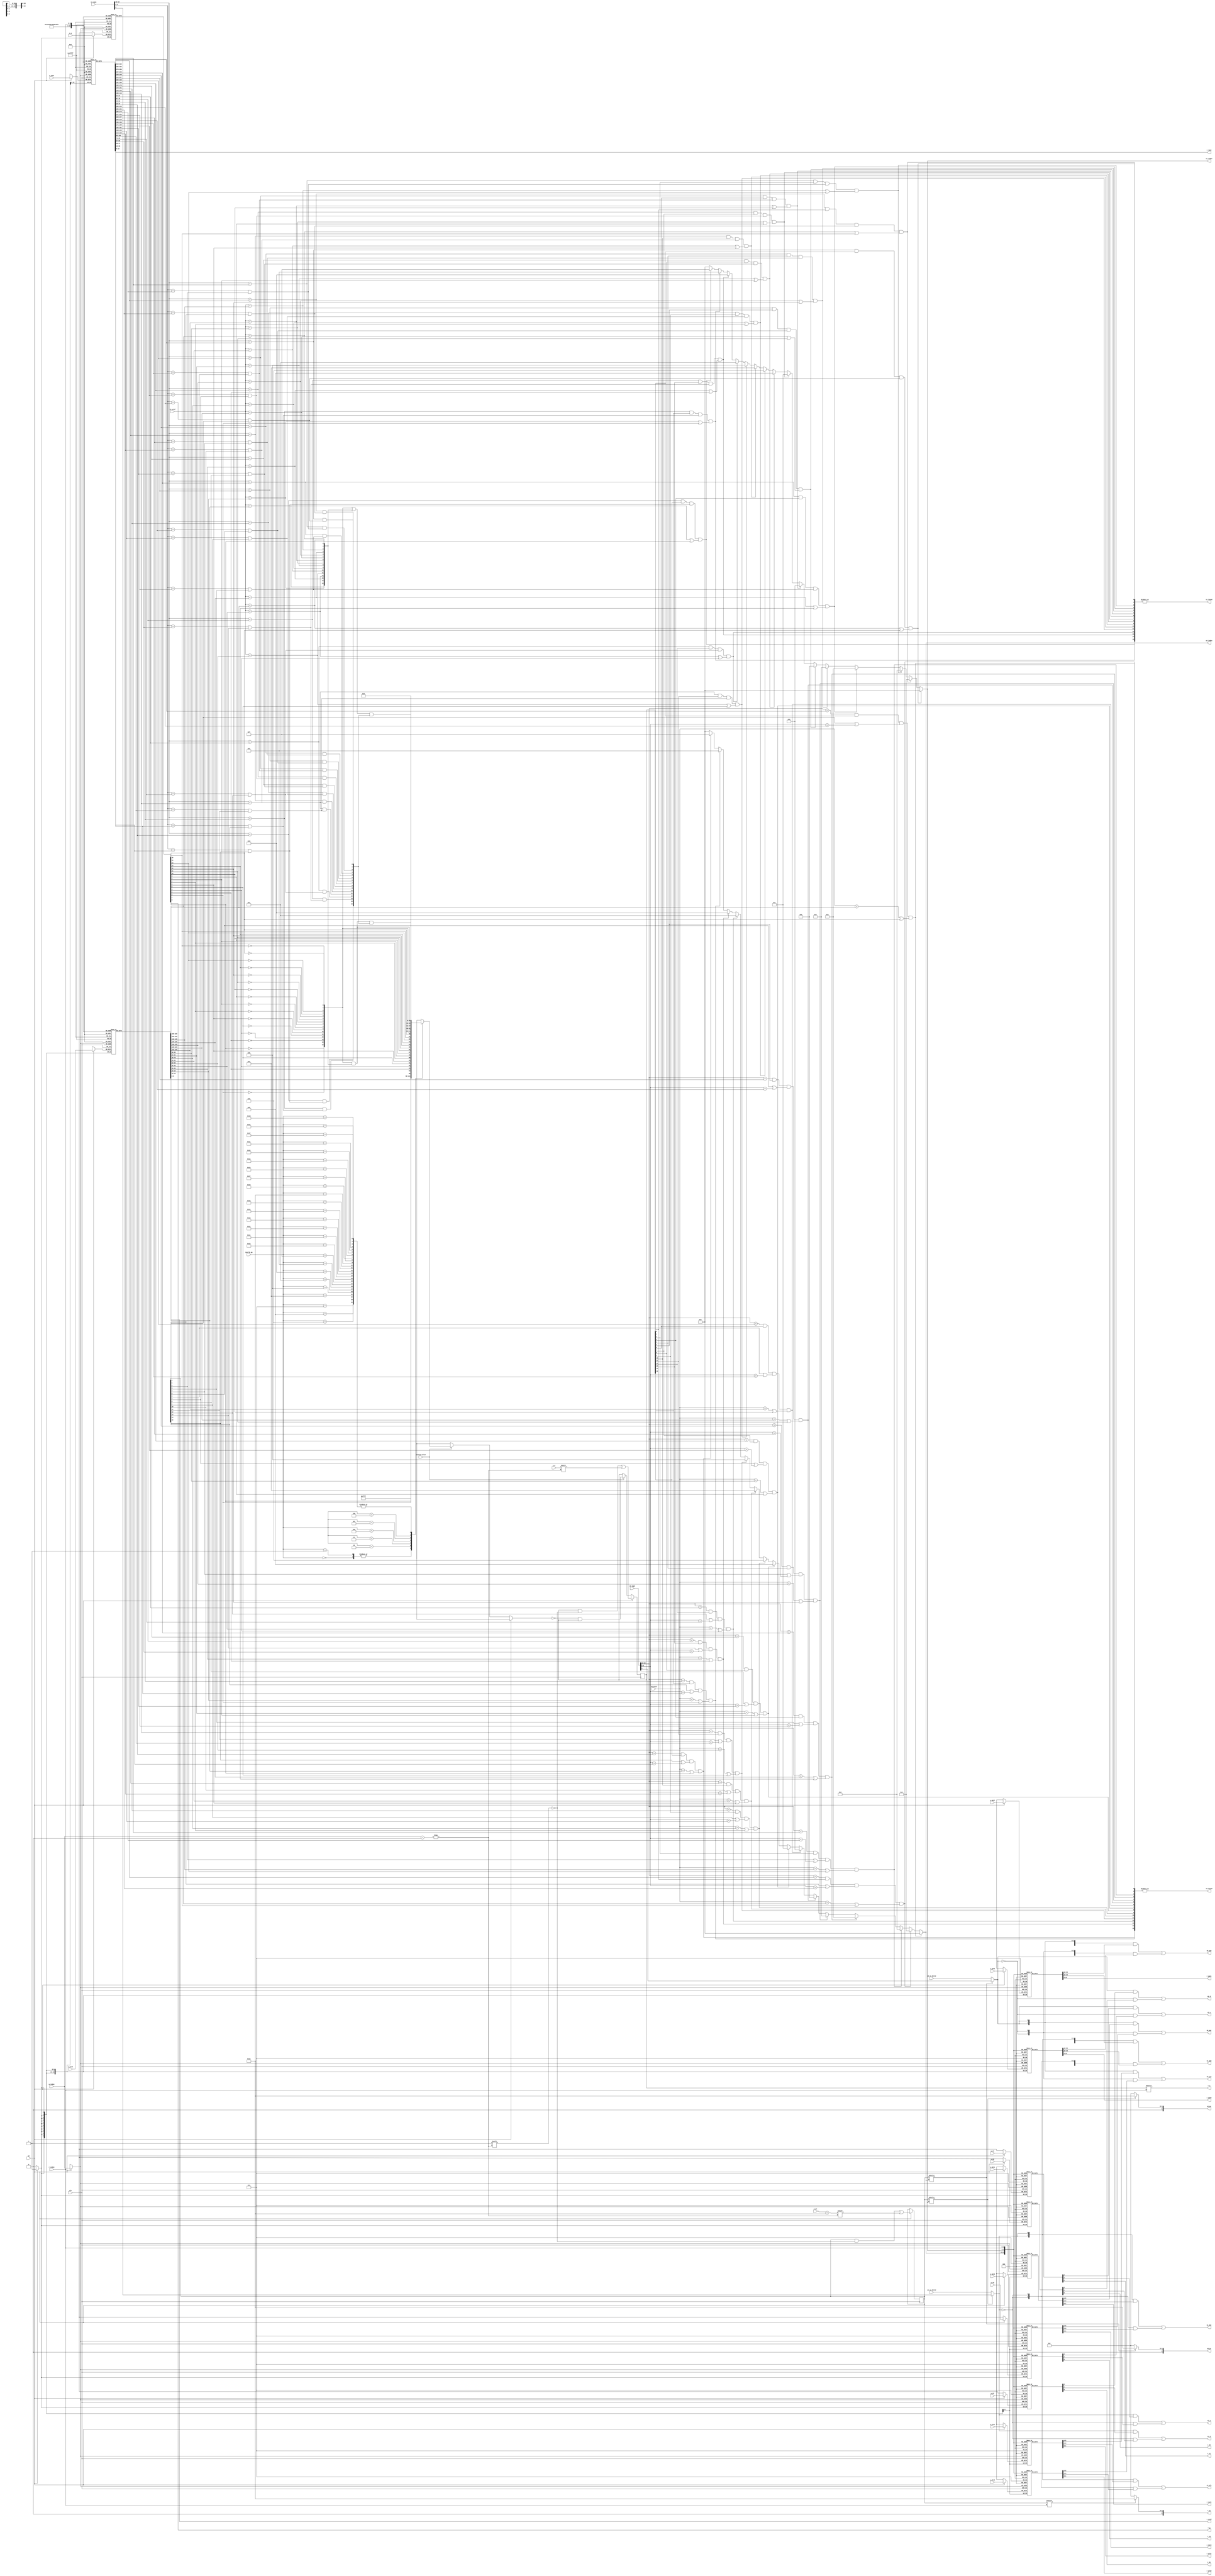
module tlb #(
        parameter TLBNUM = 16
    )(
        input  wire                 clk,
        input  wire [              18:0] s0_vppn,
        input  wire                      s0_va_bit12,
        input  wire [               9:0] s0_asid,
        output wire                      s0_found,
        output wire [$clog2(TLBNUM)-1:0] s0_index,
        output wire [              19:0] s0_ppn,
        output wire [               5:0] s0_ps,
        output wire [               1:0] s0_plv,
        output wire [               1:0] s0_mat,
        output wire                      s0_d,
        output wire                      s0_v,

        input  wire [              18:0] s1_vppn,
        input  wire                      s1_va_bit12,
        input  wire [               9:0] s1_asid,
        output wire                      s1_found,
        output wire [$clog2(TLBNUM)-1:0] s1_index,
        output wire [              19:0] s1_ppn,
        output wire [               5:0] s1_ps,
        output wire [               1:0] s1_plv,
        output wire [               1:0] s1_mat,
        output wire                      s1_d,
        output wire                      s1_v,

        input  wire                      invtlb_valid,
        input  wire [               4:0] invtlb_op,

        input  wire                      we,
        input  wire [$clog2(TLBNUM)-1:0] w_index,
        input  wire                      w_e,
        input  wire [              18:0] w_vppn,
        input  wire [               5:0] w_ps,
        input  wire [               9:0] w_asid,
        input  wire                      w_g,

        input  wire [              19:0] w_ppn0,
        input  wire [               1:0] w_plv0,
        input  wire [               1:0] w_mat0,
        input  wire                      w_d0,
        input  wire                      w_v0,

        input  wire [              19:0] w_ppn1,
        input  wire [               1:0] w_plv1,
        input  wire [               1:0] w_mat1,
        input  wire                      w_d1,
        input  wire                      w_v1,

        input  wire [$clog2(TLBNUM)-1:0] r_index,
        output wire                      r_e,
        output wire [              18:0] r_vppn,
        output wire [               5:0] r_ps,
        output wire [               9:0] r_asid,
        output wire                      r_g,

        output wire [              19:0] r_ppn0,
        output wire [               1:0] r_plv0,
        output wire [               1:0] r_mat0,
        output wire                      r_d0,
        output wire                      r_v0,

        output wire [              19:0] r_ppn1,
        output wire [               1:0] r_plv1,
        output wire [               1:0] r_mat1,
        output wire                      r_d1,
        output wire                      r_v1
    );
    reg  [TLBNUM-1:0] tlb_e                ;//
    reg  [TLBNUM-1:0] tlb_ps4MB            ;// 
    reg  [      18:0] tlb_vppn [TLBNUM-1:0];//
    reg  [       9:0] tlb_asid [TLBNUM-1:0];//
    reg               tlb_g    [TLBNUM-1:0];//1asid
    reg  [      19:0] tlb_ppn0 [TLBNUM-1:0];//
    reg  [       1:0] tlb_plv0 [TLBNUM-1:0];//
    reg  [       1:0] tlb_mat0 [TLBNUM-1:0];//
    reg               tlb_d0   [TLBNUM-1:0];//
    reg               tlb_v0   [TLBNUM-1:0];//
    reg  [      19:0] tlb_ppn1 [TLBNUM-1:0];
    reg  [       1:0] tlb_plv1 [TLBNUM-1:0];
    reg  [       1:0] tlb_mat1 [TLBNUM-1:0];
    reg               tlb_d1   [TLBNUM-1:0];
    reg               tlb_v1   [TLBNUM-1:0];
    wire [TLBNUM-1:0] match0;
    wire [TLBNUM-1:0] match1;
    //match
    genvar i;
    generate 
        for (i = 0; i < TLBNUM; i = i + 1) begin
            assign match0[i] =  (s0_vppn[18:10]==tlb_vppn[i][18:10]) && tlb_e[i]
                            &&  (tlb_ps4MB[ i] || s0_vppn[9:0]==tlb_vppn[ i][9:0])
                            &&  ((s0_asid==tlb_asid[ i]) || tlb_g[ i]);
            assign match1[i] =  (s1_vppn[18:10]==tlb_vppn[i][18:10]) && tlb_e[i]
                            &&  (tlb_ps4MB[ i] || s1_vppn[9:0]==tlb_vppn[ i][9:0])
                            &&  ((s1_asid==tlb_asid[ i]) || tlb_g[ i]);
            //4MB: s_vppn[18:0]==tlb_vppn[18:0]; 4KB: s_vppn==tlb_vppn
            /*
                4KB:
                |31 ---- 12|11 ---- 0|
                |   vppn   |  offset |
                //vppn = vppn + va_bit12

                4MB:
                |31 ---- 22|21 ---- 0|
                |   vppn   |  offset |

                vppn[18:0] = va[31:13]
                va_bit12 = va[12]
            */
        end
    endgenerate
    //s0
    wire    s0_odd;
    wire    s0_even;
    assign s0_found = |match0;
    assign s0_index =   match0[ 0] ? 4'b0000:
                        match0[ 1] ? 4'b0001:
                        match0[ 2] ? 4'b0010:
                        match0[ 3] ? 4'b0011:
                        match0[ 4] ? 4'b0100:
                        match0[ 5] ? 4'b0101:
                        match0[ 6] ? 4'b0110:
                        match0[ 7] ? 4'b0111:
                        match0[ 8] ? 4'b1000:
                        match0[ 9] ? 4'b1001:
                        match0[10] ? 4'b1010:
                        match0[11] ? 4'b1011:
                        match0[12] ? 4'b1100:
                        match0[13] ? 4'b1101:
                        match0[14] ? 4'b1110:
                        match0[15] ? 4'b1111:4'b0000;
    assign s0_odd         = tlb_ps4MB[s0_index] ? s0_vppn[9]/*4MB:va[22]*/ :s0_va_bit12/*4KB:va[12]*/;
    assign s0_even         = ~s0_odd;
    assign s0_ps        = tlb_ps4MB[s0_index] ? 6'd22 : 6'd12;
    assign s0_ppn       = {20{ s0_odd}}&tlb_ppn1[s0_index]|{20{ s0_even}}&tlb_ppn0[s0_index];
    assign s0_plv       = { 2{ s0_odd}}&tlb_plv1[s0_index]|{ 2{ s0_even}}&tlb_plv0[s0_index];
    assign s0_mat       = { 2{ s0_odd}}&tlb_mat1[s0_index]|{ 2{ s0_even}}&tlb_mat0[s0_index];
    assign s0_d         = { 1{ s0_odd}}&tlb_d1  [s0_index]|{ 1{ s0_even}}&tlb_d0  [s0_index];
    assign s0_v         = { 1{ s0_odd}}&tlb_v1  [s0_index]|{ 1{ s0_even}}&tlb_v0  [s0_index];
    //s1
    wire    s1_odd;
    wire    s1_even;
    assign s1_found = |match1;
    assign s1_index =   match1[ 0] ? 4'b0000:
                        match1[ 1] ? 4'b0001:
                        match1[ 2] ? 4'b0010:
                        match1[ 3] ? 4'b0011:
                        match1[ 4] ? 4'b0100:
                        match1[ 5] ? 4'b0101:
                        match1[ 6] ? 4'b0110:
                        match1[ 7] ? 4'b0111:
                        match1[ 8] ? 4'b1000:
                        match1[ 9] ? 4'b1001:
                        match1[10] ? 4'b1010:
                        match1[11] ? 4'b1011:
                        match1[12] ? 4'b1100:
                        match1[13] ? 4'b1101:
                        match1[14] ? 4'b1110:
                        match1[15] ? 4'b1111:4'b0000;
    assign s1_odd         = tlb_ps4MB[s1_index] ? s1_vppn[9] : s1_va_bit12;
    assign s1_even         = ~s1_odd;
    assign s1_ps        = tlb_ps4MB[s1_index] ? 6'd22 : 6'd12;
    assign s1_ppn       = {20{ s1_odd}}&tlb_ppn1[s1_index]|{20{ s1_even}}&tlb_ppn0[s1_index];
    assign s1_plv       = { 2{ s1_odd}}&tlb_plv1[s1_index]|{ 2{ s1_even}}&tlb_plv0[s1_index];
    assign s1_mat       = { 2{ s1_odd}}&tlb_mat1[s1_index]|{ 2{ s1_even}}&tlb_mat0[s1_index];
    assign s1_d         = { 1{ s1_odd}}&tlb_d1  [s1_index]|{ 1{ s1_even}}&tlb_d0  [s1_index];
    assign s1_v         = { 1{ s1_odd}}&tlb_v1  [s1_index]|{ 1{ s1_even}}&tlb_v0  [s1_index];
    
    /************************/
    wire [TLBNUM-1:0] inv_match [3:0];
    wire [TLBNUM-1:0] inv_op_mask [31:0];
    /************************/

    always @ (posedge clk) begin
        if (we) begin
            tlb_e[w_index] <= w_e;
            tlb_ps4MB[w_index] <= w_ps==6'd22;
            tlb_vppn[w_index] <= w_vppn;
            tlb_asid[w_index] <= w_asid;
            tlb_g[w_index] <= w_g;
            tlb_ppn0[w_index] <= w_ppn0;
            tlb_plv0[w_index] <= w_plv0;
            tlb_mat0[w_index] <= w_mat0;
            tlb_d0[w_index] <= w_d0;
            tlb_v0[w_index] <= w_v0;
            tlb_ppn1[w_index] <= w_ppn1;
            tlb_plv1[w_index] <= w_plv1;
            tlb_mat1[w_index] <= w_mat1;
            tlb_d1[w_index] <= w_d1;
            tlb_v1[w_index] <= w_v1;
        end 
        else if(invtlb_valid) begin
            tlb_e <= ~inv_op_mask[invtlb_op] & tlb_e;   //new added
        end
    end

    /************************/
    //inv_match
    generate 
        for (i = 0; i < TLBNUM; i = i + 1) begin
            assign inv_match[0][i] = ~tlb_g[i];
            assign inv_match[1][i] =  tlb_g[i];
            assign inv_match[2][i] = s1_asid == tlb_asid[i];
            assign inv_match[3][i] = (s1_vppn[18:10] == tlb_vppn[i][18:10]) &&
                                     (s1_vppn[ 9: 0] == tlb_vppn[i][ 9: 0] || tlb_ps4MB[i]);
        end        
    endgenerate
    /************************/



    /************************/
    //inv_op_mask
    //0-6
    assign inv_op_mask[0] = 16'hffff;//unsure
    assign inv_op_mask[1] = 16'hffff;
    assign inv_op_mask[2] = inv_match[1];
    assign inv_op_mask[3] = inv_match[0];
    assign inv_op_mask[4] = inv_match[0] & inv_match[2];
    assign inv_op_mask[5] = inv_match[0] & inv_match[2] & inv_match[3];
    assign inv_op_mask[6] = (inv_match[0] | inv_match[2]) & inv_match[3];
    //7-31
    generate for (i = 7; i < 32; i = i + 1) begin
        assign inv_op_mask[i] = 16'b0; 
    end
    endgenerate

    /************************/
    assign  r_e = tlb_e[r_index];
    assign  r_vppn = tlb_vppn[r_index];
    assign  r_ps = tlb_ps4MB[r_index]?6'd22:6'd12;
    assign  r_asid = tlb_asid[r_index];
    assign  r_g = tlb_g[r_index];
    assign  r_ppn0 = tlb_ppn0[r_index];
    assign  r_plv0 = tlb_plv0[r_index];
    assign  r_mat0 = tlb_mat0[r_index];
    assign  r_d0 = tlb_d0[r_index];
    assign  r_v0 = tlb_v0[r_index];
    assign  r_ppn1 = tlb_ppn1[r_index];
    assign  r_plv1 = tlb_plv1[r_index];
    assign  r_mat1 = tlb_mat1[r_index];
    assign  r_d1 = tlb_d1[r_index];
    assign  r_v1 = tlb_v1[r_index];
endmodule